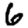
Digit: 6